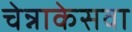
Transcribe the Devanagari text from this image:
चेन्नाकेसवा